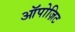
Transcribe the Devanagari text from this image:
ऑपोज़िट